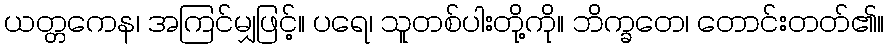
ယတ္တကေန၊ အကြင်မျှဖြင့်။ ပရေ၊ သူတစ်ပါးတို့ကို။ ဘိက္ခတေ၊ တောင်းတတ်၏။